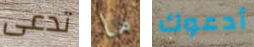
تدعى ما أدعوك